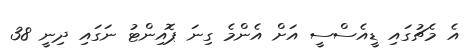
އެ މެޗުގައި ޑީއެސްސީ އަށް އެންމެ ގިނަ ޕޮއިންޓު ނަގައި ދިނީ 38